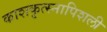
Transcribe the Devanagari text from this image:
काशकृत्स्नापिशली